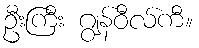
ဦးကြီး ဂျွန်ဝီလ်ကီ။